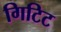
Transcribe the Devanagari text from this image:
गिटिट